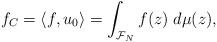
LaTeX: \begin{align*} f_C = \left<f, u_0\right> = \int_{\mathcal{F}_N} f(z) \; d\mu(z),\end{align*}